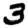
Digit: 3